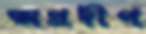
অপ্রদীপ